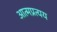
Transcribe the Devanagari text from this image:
आत्मप्रत्यय